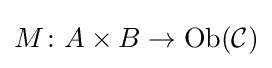
M\colon A\times B\to \operatorname {Ob} ({\mathcal {C}})